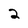
Character: 2